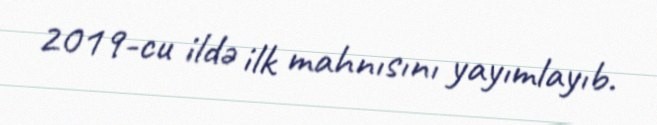
2019-cu ildə ilk mahnısını yayımlayıb.